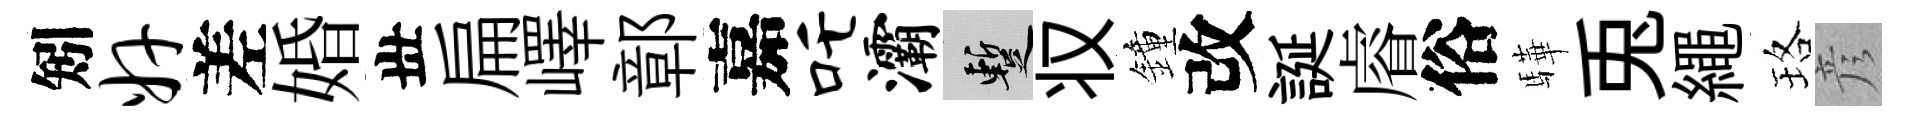
矧奸差婚丗扁嶧鄣嘉吒灞暫𠬧鐘改誕𥈠俗驊兎繩珞彦